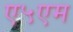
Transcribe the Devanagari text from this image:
ए५एम